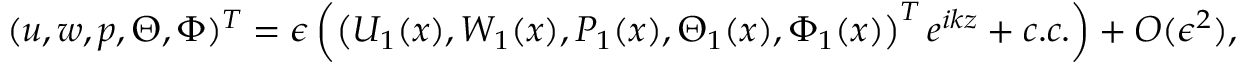
( u , w , p , \Theta , \Phi ) ^ { T } = \epsilon \left( \left( U _ { 1 } ( x ) , W _ { 1 } ( x ) , P _ { 1 } ( x ) , \Theta _ { 1 } ( x ) , \Phi _ { 1 } ( x ) \right) ^ { T } e ^ { i k z } + c . c . \right) + O ( \epsilon ^ { 2 } ) ,